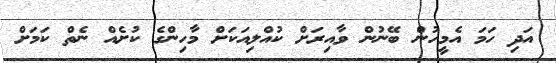
އަދި ހަމަ އެމީހުން ބޭނުން ވާއިރަށް ކުއްލިއަކަށް މާހިންގެ ކުށެއް ނެތް ކަމަށް